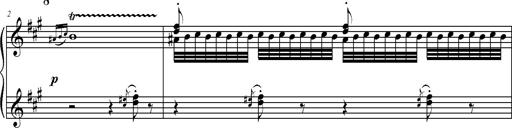
Title: 2 LÃ©gendes
Composer: Franz Liszt